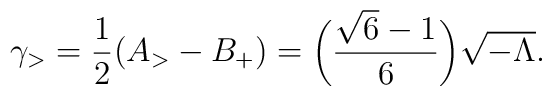
\gamma_{>} = \frac{1}{2}(  A_{>} - B_{+})= \biggl(\frac{ \sqrt{6}-1}{6}\biggr) \sqrt{ - \Lambda}.